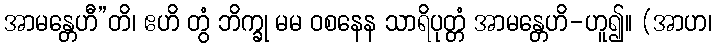
အာမန္တေဟီ”တိ၊ ဧဟိ တွံ ဘိက္ခု မမ ဝစနေန သာရိပုတ္တံ အာမန္တေဟိ-ဟူ၍။ (အာဟ၊